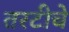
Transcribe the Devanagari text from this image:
तरटीचे